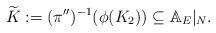
LaTeX: \begin{align*}\widetilde{K}:=(\pi'')^{-1}(\phi(K_2))\subseteq \mathbb{A}_E|_N.\end{align*}